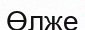
Өлже